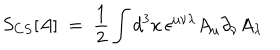
S _ { C S } [ A ] \; = \; \frac { 1 } { 2 } \int d ^ { 3 } x \, \epsilon ^ { \mu \nu \lambda } A _ { \mu } \partial _ { \nu } A _ { \lambda }